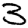
Digit: 3